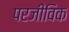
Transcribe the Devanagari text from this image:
परजीविक